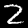
Digit: 2